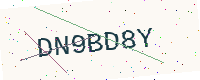
Text: DN9BD8Y